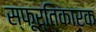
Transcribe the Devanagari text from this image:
स्फूर्तिकारक